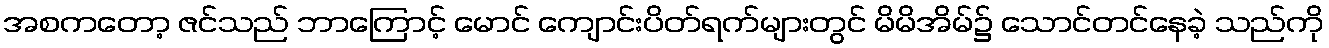
အစကတော့ ဇင်သည် ဘာကြောင့် မောင် ကျောင်းပိတ်ရက်များတွင် မိမိအိမ်၌ သောင်တင်နေခဲ့ သည်ကို